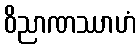
ဝိညာဏဿာဟံ